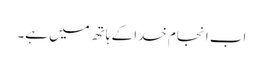
اب انجام خدا کے ہاتھ میں ہے۔